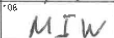
Transcription: MIW